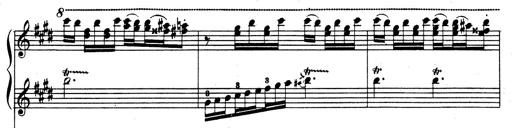
Title: Rhapsodie espagnole
Composer: Franz Liszt